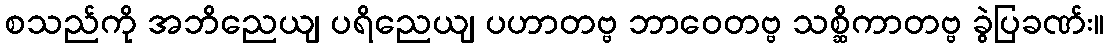
စသည်ကို အဘိညေယျ ပရိညေယျ ပဟာတဗ္ဗ ဘာဝေတဗ္ဗ သစ္ဆိကာတဗ္ဗ ခွဲပြခဏ်း။